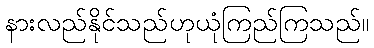
နားလည်နိုင်သည်ဟုယုံကြည်ကြသည်။